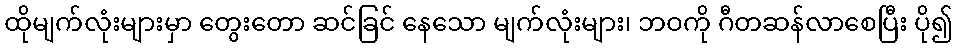
ထိုမျက်လုံးများမှာ တွေးတော ဆင်ခြင် နေသော မျက်လုံးများ၊ ဘဝကို ဂီတဆန်လာစေပြီး ပို၍